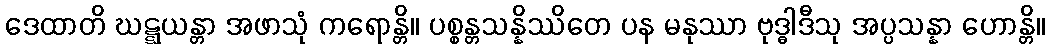
ဒေထာတိ ဃဋ္ဋယန္တာ အဖာသုံ ကရောန္တိ။ ပစ္စန္တသန္နိဿိတေ ပန မနုဿာ ဗုဒ္ဓါဒီသု အပ္ပသန္နာ ဟောန္တိ။